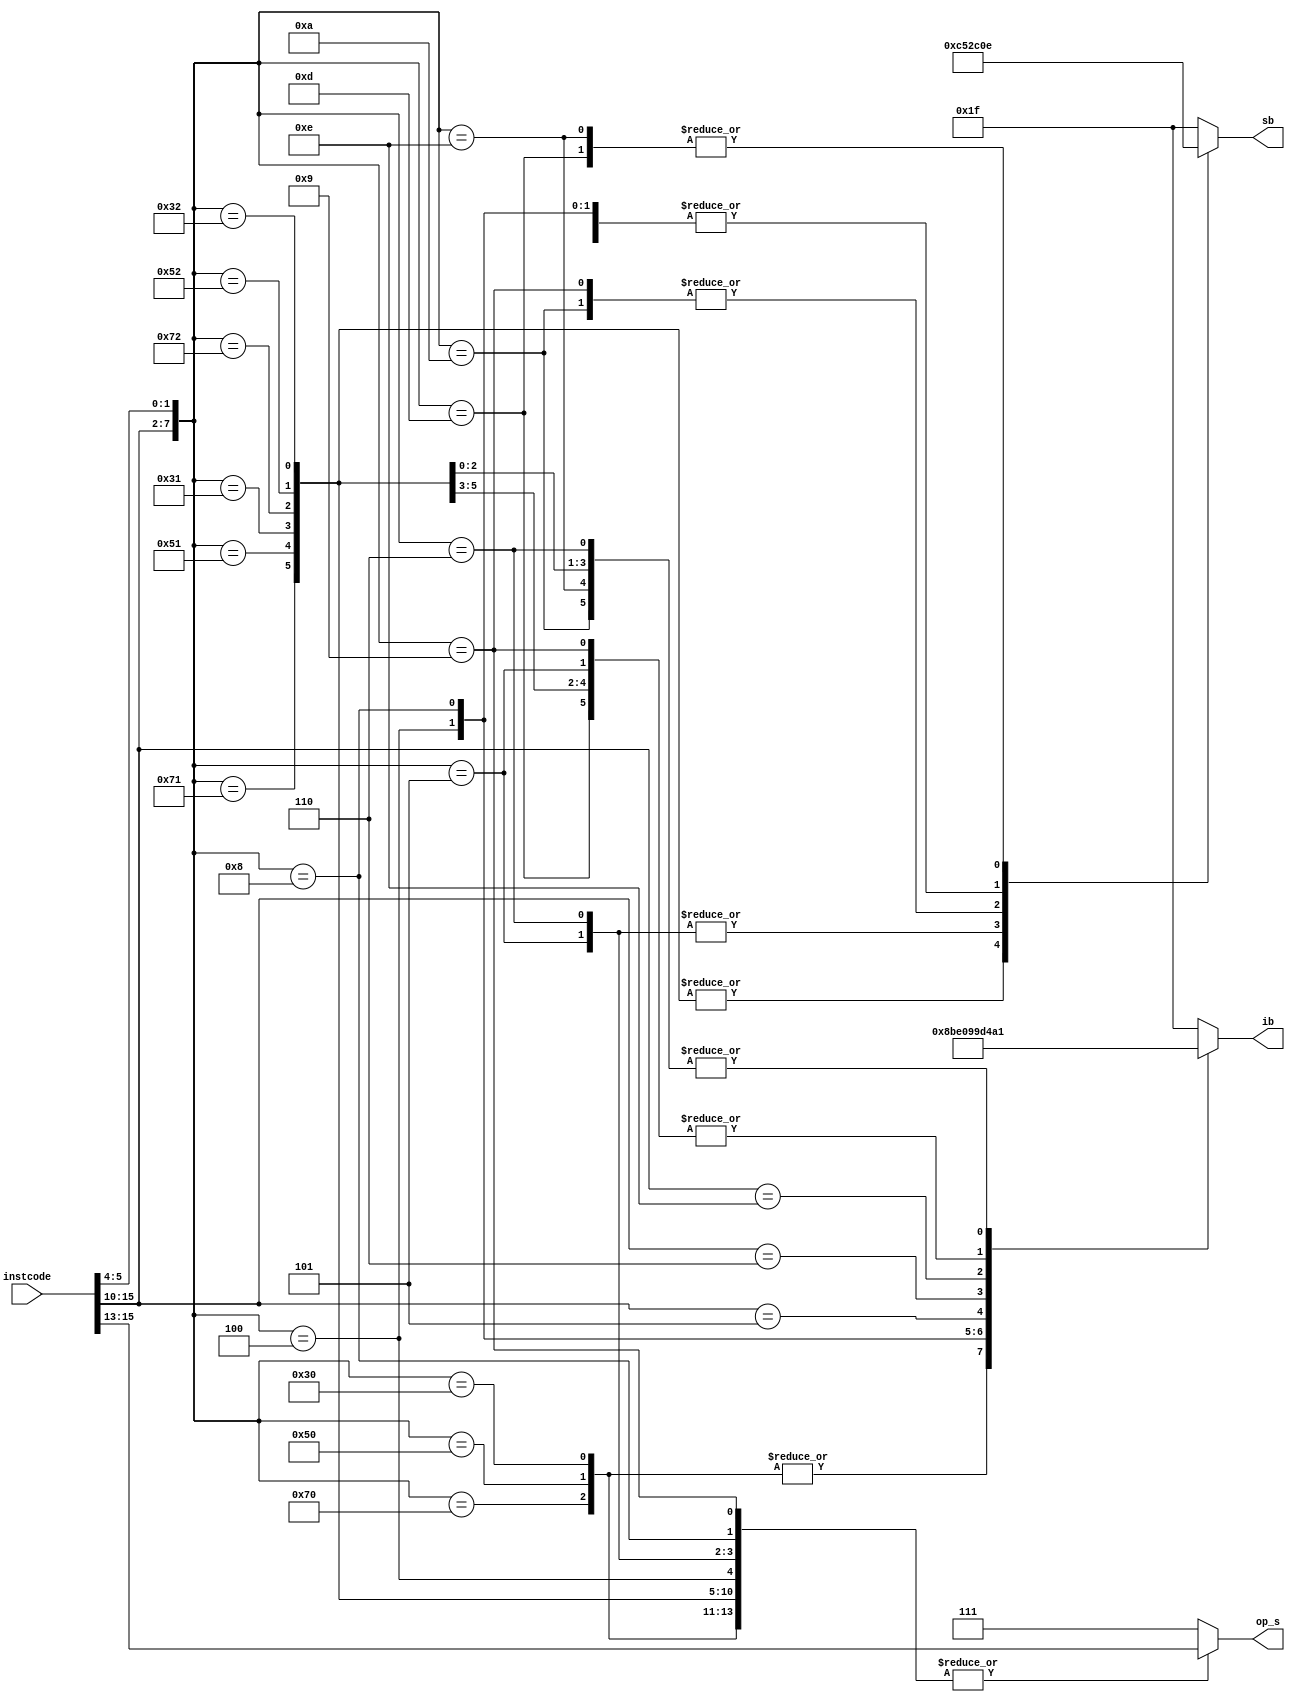
module instdecoder (instcode, ib, sb, op_s);
input [15:0] instcode;
output [4:0] ib, sb;
output [2:0] op_s;
reg [4:0] ib, sb;
reg [2:0] op_s;

always@(*)
begin
casex (instcode)
16'b001100xxxx00xxxx, 16'b010100xxxx00xxxx, 16'b011100xxxx00xxxx: 
begin  ib = 17; sb = 0; op_s = instcode [15:13];  end
16'b001100xxxx01xxxx, 16'b010100xxxx01xxxx, 16'b011100xxxx01xxxx:
begin  ib = 5; sb = 12; op_s = instcode [15:13]; end
16'b001100xxxx10xxxx, 16'b010100xxxx10xxxx, 16'b011100xxxx10xxxx:
begin ib = 1; sb = 12; op_s = instcode[15:13]; end
16'b000001xxxx00xxxx:
begin ib = 15; sb = 0; op_s = instcode[15:13]; end
16'b000001xxxx01xxxx:
begin ib = 5; sb = 10; op_s = instcode[15:13]; end
16'b000001xxxx10xxxx:
begin ib = 1; sb = 10; op_s = instcode[15:13]; end
16'b000010xxxx00xxxx:
begin ib = 16; sb = 0; op_s = instcode[15:13]; end
16'b000010xxxx01xxxx:
begin ib = 5; sb = 11; op_s = instcode[15:13]; end
16'b000010xxxx10xxxx:
begin ib = 1; sb = 11; op_s = instcode[15:13]; end
16'b000101xxxxxxxxxx:
begin ib = 9; sb = 0; op_s = instcode[15:13]; end
16'b000110xxxxxxxxxx:
begin ib = 19; sb = 0; op_s = instcode[15:13]; end
16'b001110xxxxxxxxxx:
begin ib = 21; sb = 0; op_s = instcode[15:13]; end
16'b000011xxxx01xxxx:
begin ib = 5; sb = 14; op_s = instcode[15:13]; end
16'b000011xxxx10xxxx:
begin ib = 1; sb = 14; op_s = instcode[15:13]; end
default:
begin 
ib = 31; sb = 31; op_s = 7; 
$display ( "%m : at time  %d  Illegal Instruction Code = %b", $time, instcode);
end
endcase
end
endmodule